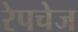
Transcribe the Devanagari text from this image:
रेपचेज